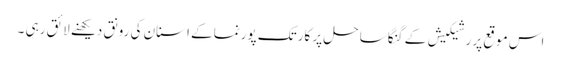
اس موقع پر رشیکیش کے گنگا ساحل پر کارتک پورنما کے اسنان کی رونق دیکھنے لائق رہی ۔